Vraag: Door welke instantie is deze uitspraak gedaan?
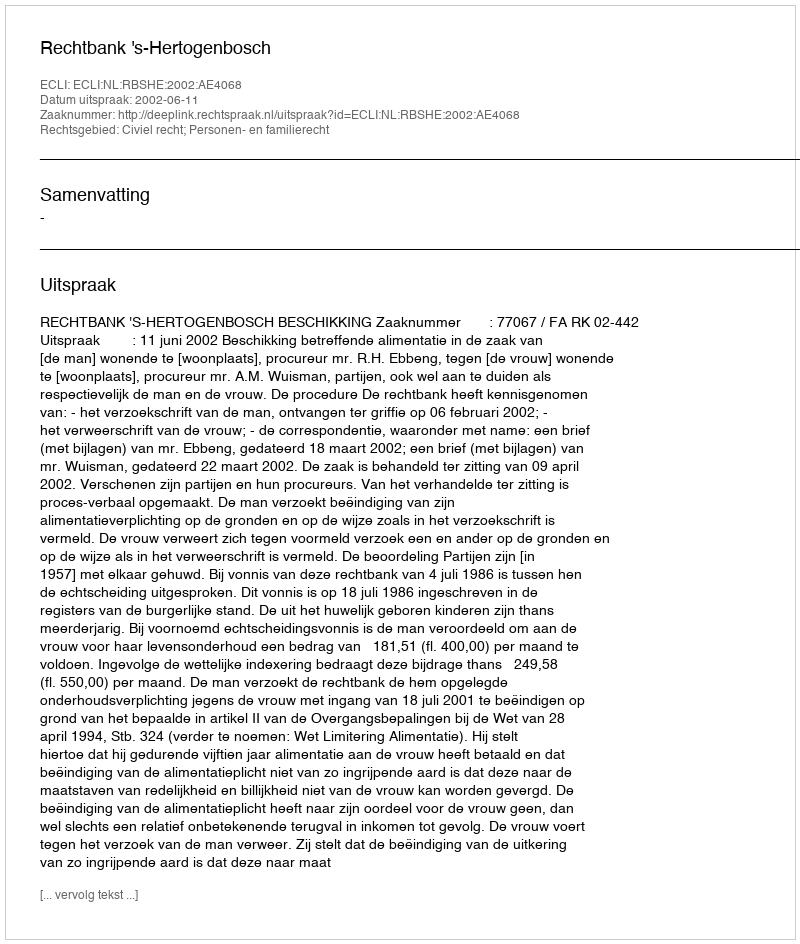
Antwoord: Rechtbank 's-Hertogenbosch